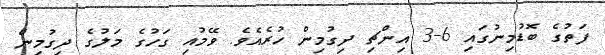
ފަތުގެ ބޮޑުމިނުގައި 6-3 އިންޗި ދިގުމިން ހުރެއެވެ. ވޭމުއި ގަހުގެ މަލުގެ ދިގުމިން